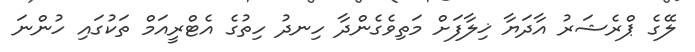
ލޭގެ ޕްރެޝަރު އާދަޔާ ޚިލާފަށް މަތިވެގެންދާ ހިނދު ހިތުގެ އެޓްރީއަމް ތަކުގައި ހުންނަ